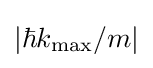
|\hbar k_{\text{max}}/m|